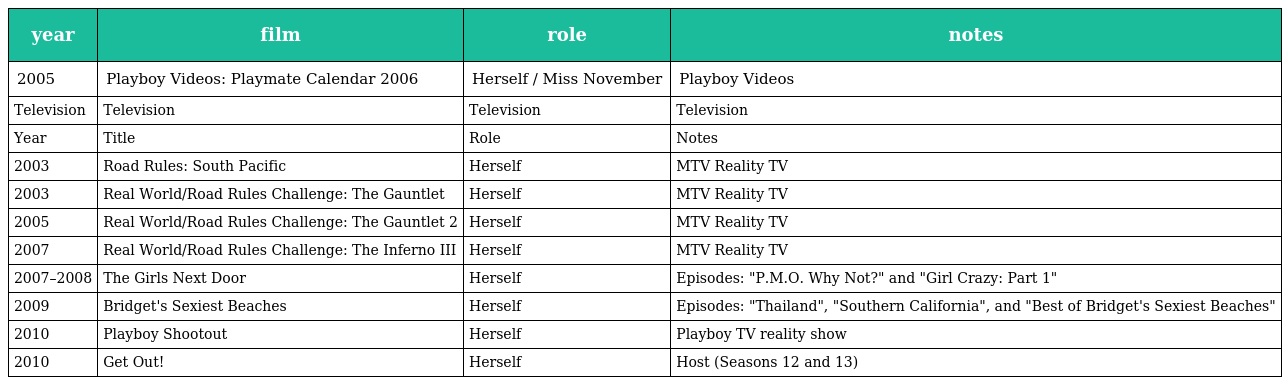
| year | film | role | notes |
 | --- | --- | --- | --- |
 | 2005 | Playboy Videos: Playmate Calendar 2006 | Herself / Miss November | Playboy Videos |
 | Television | Television | Television | Television |
 | Year | Title | Role | Notes |
 | 2003 | Road Rules: South Pacific | Herself | MTV Reality TV |
 | 2003 | Real World/Road Rules Challenge: The Gauntlet | Herself | MTV Reality TV |
 | 2005 | Real World/Road Rules Challenge: The Gauntlet 2 | Herself | MTV Reality TV |
 | 2007 | Real World/Road Rules Challenge: The Inferno III | Herself | MTV Reality TV |
 | 2007–2008 | The Girls Next Door | Herself | Episodes: "P.M.O. Why Not?" and "Girl Crazy: Part 1" |
 | 2009 | Bridget's Sexiest Beaches | Herself | Episodes: "Thailand", "Southern California", and "Best of Bridget's Sexiest Beaches" |
 | 2010 | Playboy Shootout | Herself | Playboy TV reality show |
 | 2010 | Get Out! | Herself | Host (Seasons 12 and 13) |